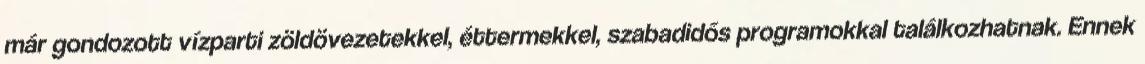
már gondozott vízparti zöldövezetekkel, éttermekkel, szabadidős programokkal találkozhatnak. Ennek